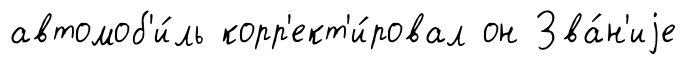
автомоб'и́ль корр'ект'и́ровал он Зва́н'иjе